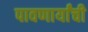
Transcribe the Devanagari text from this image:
पावणार्यांची